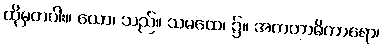
ထိုမှတပါး။ ယော၊ သည်။ သမထေ၊ ၌။ အကတာဓိကာရော၊